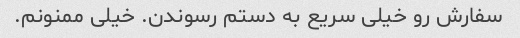
سفارش رو خیلی سریع به دستم رسوندن. خیلی ممنونم.